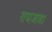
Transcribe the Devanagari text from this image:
रायज़ादा